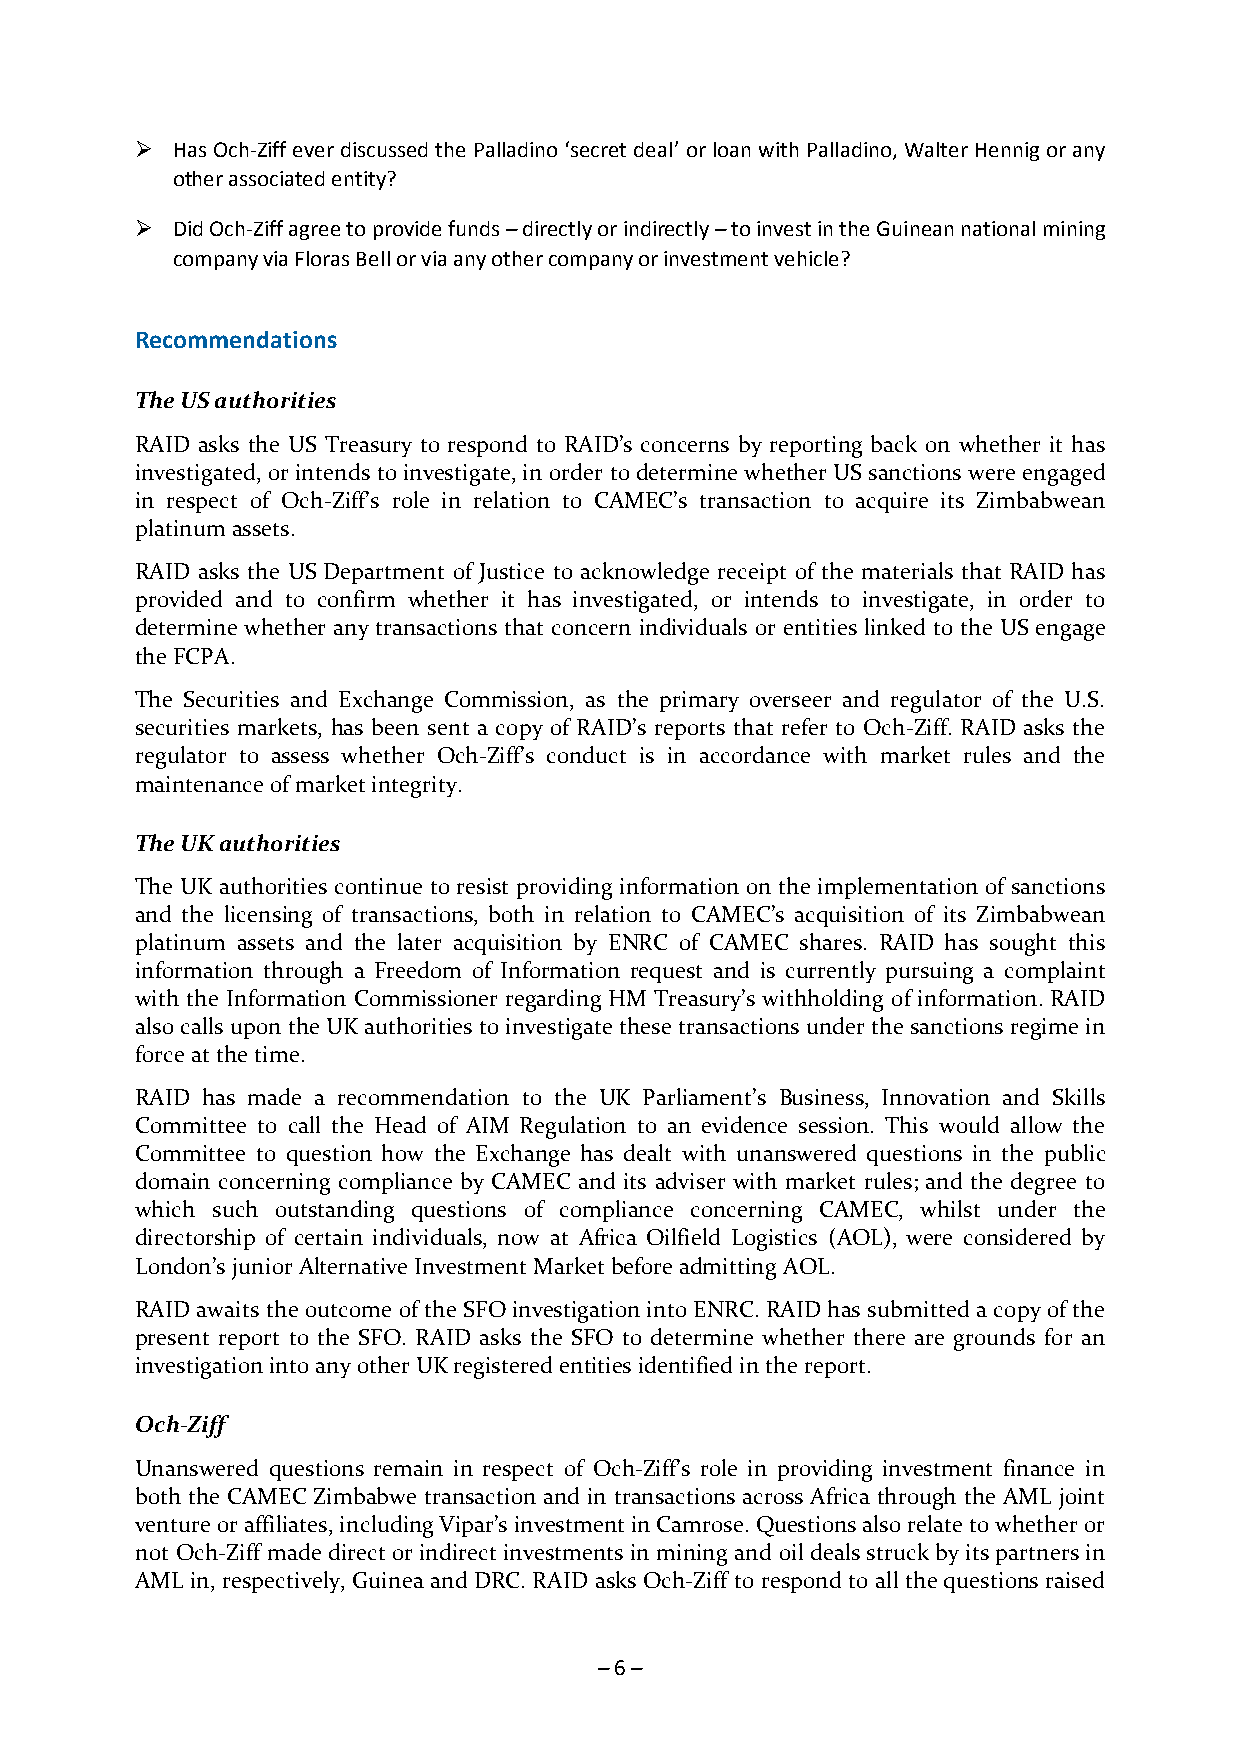
 Has Och-Ziff ever discussed the Palladino ‘secret deal’ or loan with Palladino, Walter Hennig or any
 other associated entity?
  Did Och-Ziff agree to provide funds – directly or indirectly – to invest in the Guinean national mining
 company via Floras Bell or via any other company or investment vehicle?
 Recommendations
 The US authorities
 RAID asks the US Treasury to respond to RAID’s concerns by reporting back on whether it has
 investigated, or intends to investigate, in order to determine whether US sanctions were engaged
 in respect of Och-Ziff’s role in relation to CAMEC’s transaction to acquire its Zimbabwean
 platinum assets.
 RAID asks the US Department of Justice to acknowledge receipt of the materials that RAID has
 provided and to confirm whether it has investigated, or intends to investigate, in order to
 determine whether any transactions that concern individuals or entities linked to the US engage
 the FCPA.
 The Securities and Exchange Commission, as the primary overseer and regulator of the U.S.
 securities markets, has been sent a copy of RAID’s reports that refer to Och-Ziff. RAID asks the
 regulator to assess whether Och-Ziff’s conduct is in accordance with market rules and the
 maintenance of market integrity.
 The UK authorities
 The UK authorities continue to resist providing information on the implementation of sanctions
 and the licensing of transactions, both in relation to CAMEC’s acquisition of its Zimbabwean
 platinum assets and the later acquisition by ENRC of CAMEC shares. RAID has sought this
 information through a Freedom of Information request and is currently pursuing a complaint
 with the Information Commissioner regarding HM Treasury’s withholding of information. RAID
 also calls upon the UK authorities to investigate these transactions under the sanctions regime in
 force at the time.
 RAID has made a recommendation to the UK Parliament’s Business, Innovation and Skills
 Committee to call the Head of AIM Regulation to an evidence session. This would allow the
 Committee to question how the Exchange has dealt with unanswered questions in the public
 domain concerning compliance by CAMEC and its adviser with market rules; and the degree to
 which such outstanding questions of compliance concerning CAMEC, whilst under the
 directorship of certain individuals, now at Africa Oilfield Logistics (AOL), were considered by
 London’s junior Alternative Investment Market before admitting AOL.
 RAID awaits the outcome of the SFO investigation into ENRC. RAID has submitted a copy of the
 present report to the SFO. RAID asks the SFO to determine whether there are grounds for an
 investigation into any other UK registered entities identified in the report.
 Och-Ziff
 Unanswered questions remain in respect of Och-Ziff’s role in providing investment finance in
 both the CAMEC Zimbabwe transaction and in transactions across Africa through the AML joint
 venture or affiliates, including Vipar’s investment in Camrose. Questions also relate to whether or
 not Och-Ziff made direct or indirect investments in mining and oil deals struck by its partners in
 AML in, respectively, Guinea and DRC. RAID asks Och-Ziff to respond to all the questions raised
 – 6 –